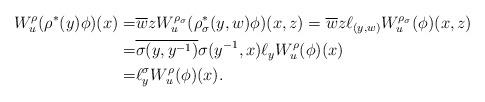
LaTeX: \begin{align*} W^\rho_u(\rho^*(y)\phi)(x) =& \overline{w}z W^{\rho_\sigma}_u(\rho_\sigma^*(y,w)\phi)(x,z) = \overline{w}z \ell_{(y,w)}W^{\rho_\sigma}_u(\phi)(x,z)\\ =& \overline{\sigma(y,y^{-1})}\sigma(y^{-1},x) \ell_yW^\rho_u(\phi)(x)\\ =& \ell^\sigma_yW^\rho_u(\phi)(x) .\end{align*}